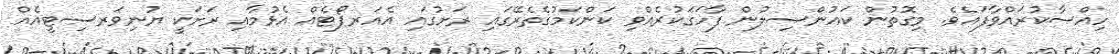
ހިއްސާކުރައްވާފައެވެ. މިގޮތުން ކައުންސިލުން ފާހަގަކުރެއްވި ކަންކަމުގެތެރޭގައި ރަށުގައި އެއަރޕޯޓެއް އެޅުމާއި ރަށަކީ ޔުނިވަރސިޓީއެއް